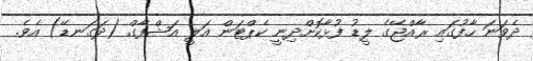
ދެވަނަ ހާފުގައި ރާއްޖޭގެ ލީޑު ފުޅާކޮށްދިނީ ކެޕްޓަން އަލީ އަޝްފާގް (ދަގަނޑޭ) އެވެ.